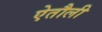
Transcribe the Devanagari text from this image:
ऐतौली